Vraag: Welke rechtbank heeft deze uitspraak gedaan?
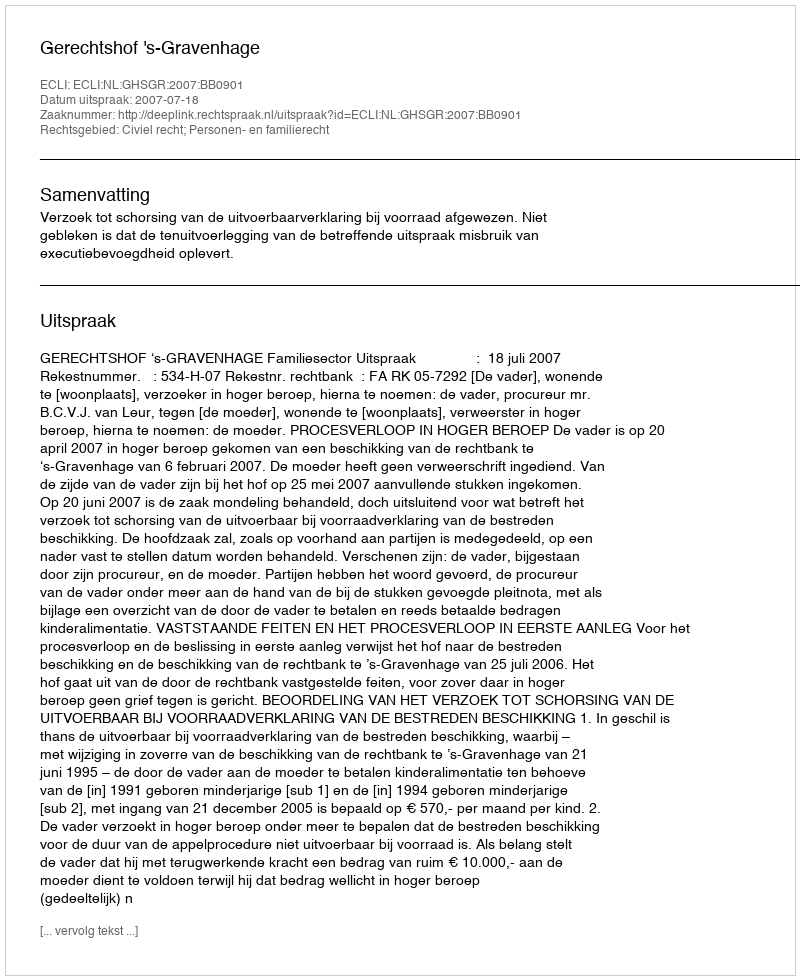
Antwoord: Gerechtshof 's-Gravenhage